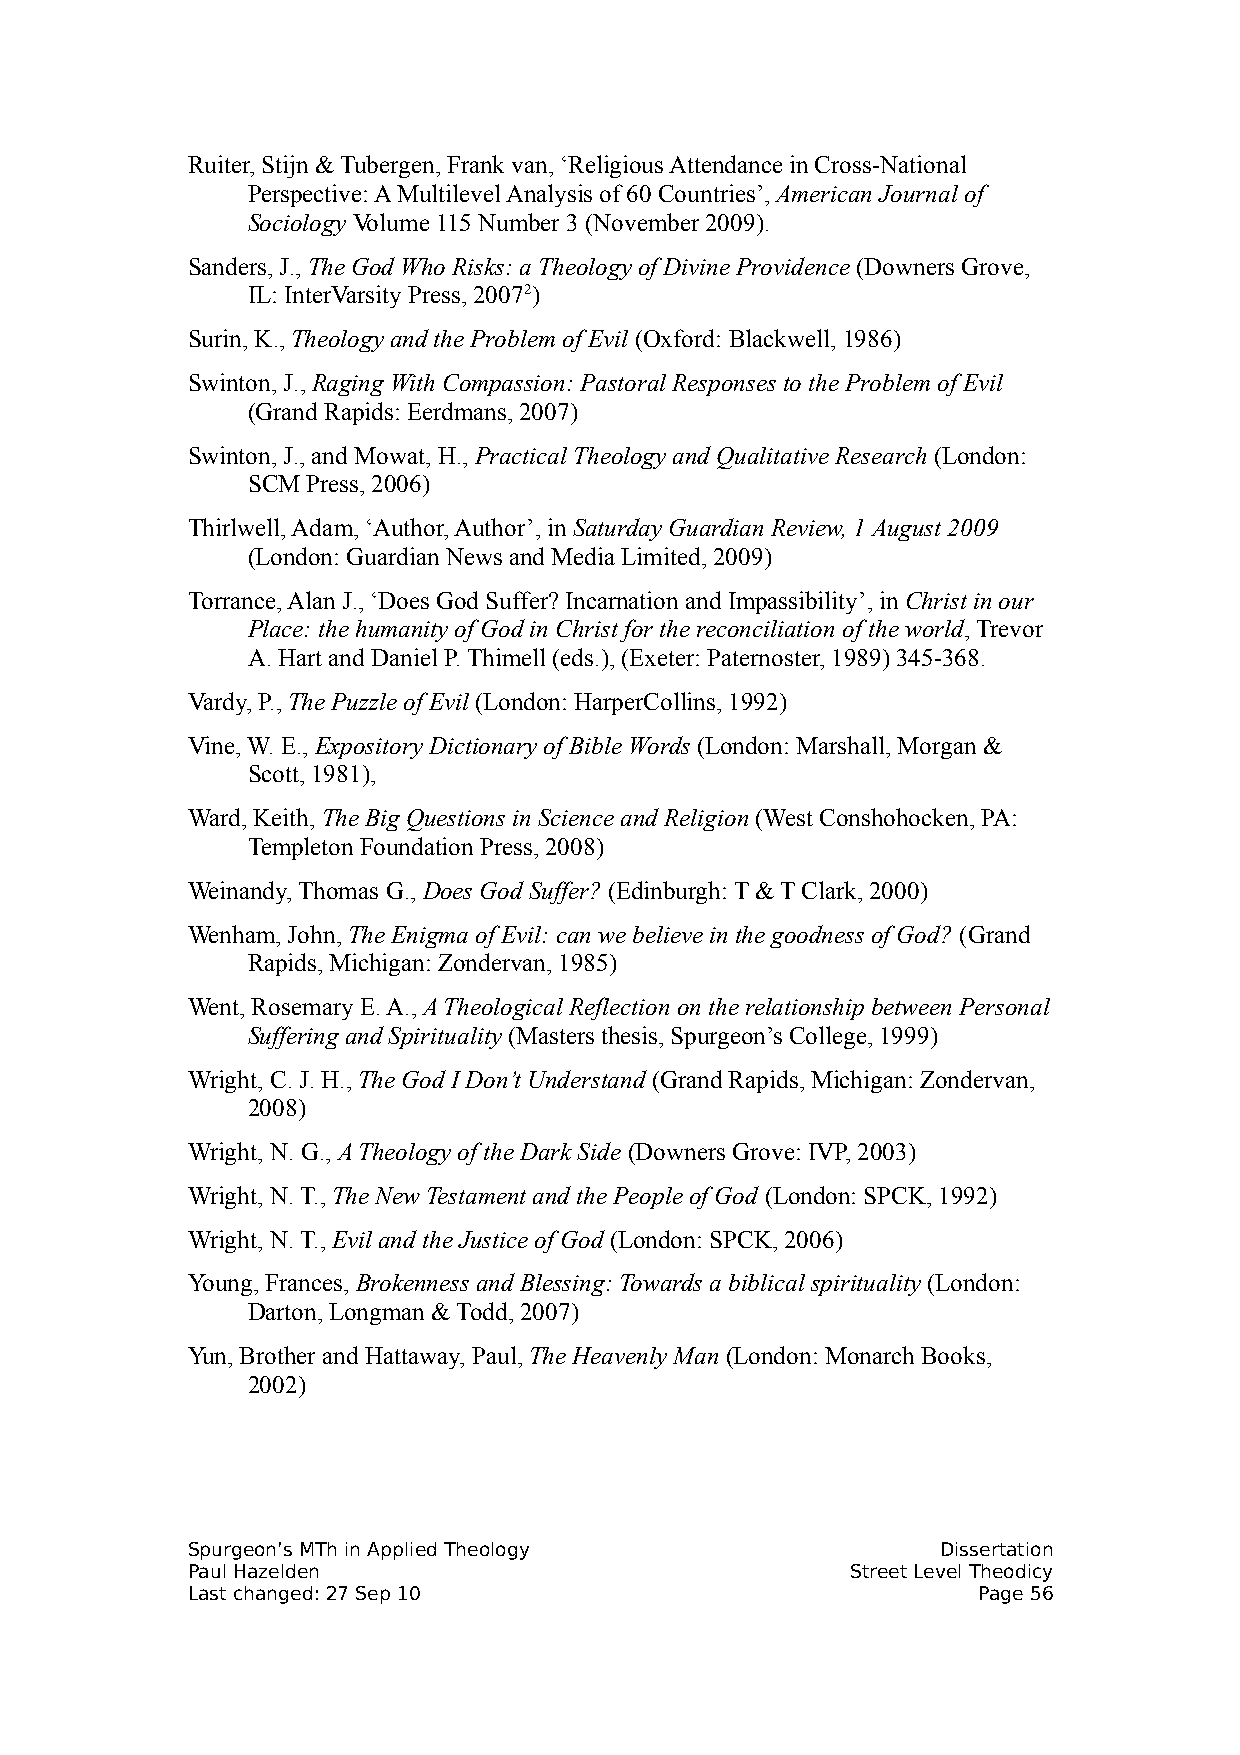
Ruiter, Stijn & Tubergen, Frank van, ‘Religious Attendance in Cross-National
 Perspective: A Multilevel Analysis of 60 Countries’, American Journal of
 Sociology Volume 115 Number 3 (November 2009).
 Sanders, J., The God Who Risks: a Theology of Divine Providence (Downers Grove,
 IL: InterVarsity Press, 20072)
 Surin, K., Theology and the Problem of Evil (Oxford: Blackwell, 1986)
 Swinton, J., Raging With Compassion: Pastoral Responses to the Problem of Evil
 (Grand Rapids: Eerdmans, 2007)
 Swinton, J., and Mowat, H., Practical Theology and Qualitative Research (London:
 SCM Press, 2006)
 Thirlwell, Adam, ‘Author, Author’, in Saturday Guardian Review, 1 August 2009
 (London: Guardian News and Media Limited, 2009)
 Torrance, Alan J., ‘Does God Suffer? Incarnation and Impassibility’, in Christ in our
 Place: the humanity of God in Christ for the reconciliation of the world, Trevor
 A. Hart and Daniel P. Thimell (eds.), (Exeter: Paternoster, 1989) 345-368.
 Vardy, P., The Puzzle of Evil (London: HarperCollins, 1992)
 Vine, W. E., Expository Dictionary of Bible Words (London: Marshall, Morgan &
 Scott, 1981),
 Ward, Keith, The Big Questions in Science and Religion (West Conshohocken, PA:
 Templeton Foundation Press, 2008)
 Weinandy, Thomas G., Does God Suffer? (Edinburgh: T & T Clark, 2000)
 Wenham, John, The Enigma of Evil: can we believe in the goodness of God? (Grand
 Rapids, Michigan: Zondervan, 1985)
 Went, Rosemary E. A., A Theological Reflection on the relationship between Personal
 Suffering and Spirituality (Masters thesis, Spurgeon’s College, 1999)
 Wright, C. J. H., The God I Don’t Understand (Grand Rapids, Michigan: Zondervan,
 2008)
 Wright, N. G., A Theology of the Dark Side (Downers Grove: IVP, 2003)
 Wright, N. T., The New Testament and the People of God (London: SPCK, 1992)
 Wright, N. T., Evil and the Justice of God (London: SPCK, 2006)
 Young, Frances, Brokenness and Blessing: Towards a biblical spirituality (London:
 Darton, Longman & Todd, 2007)
 Yun, Brother and Hattaway, Paul, The Heavenly Man (London: Monarch Books,
 2002)
 Spurgeon’s MTh in Applied Theology                Dissertation
 Paul Hazelden                               Street Level Theodicy
 Last changed: 27 Sep 10                              Page 56